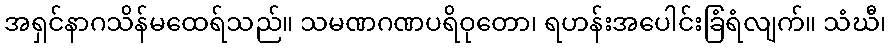
အရှင်နာဂသိန်မထေရ်သည်။ သမဏဂဏပရိဝုတော၊ ရဟန်းအပေါင်းခြံရံလျက်။ သံဃီ၊